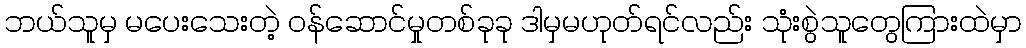
ဘယ်သူမှ မပေးသေးတဲ့ ဝန်ဆောင်မှုတစ်ခုခု ဒါမှမဟုတ်ရင်လည်း သုံးစွဲသူတွေကြားထဲမှာ